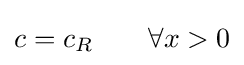
c=c_{R}\qquad \forall x>0